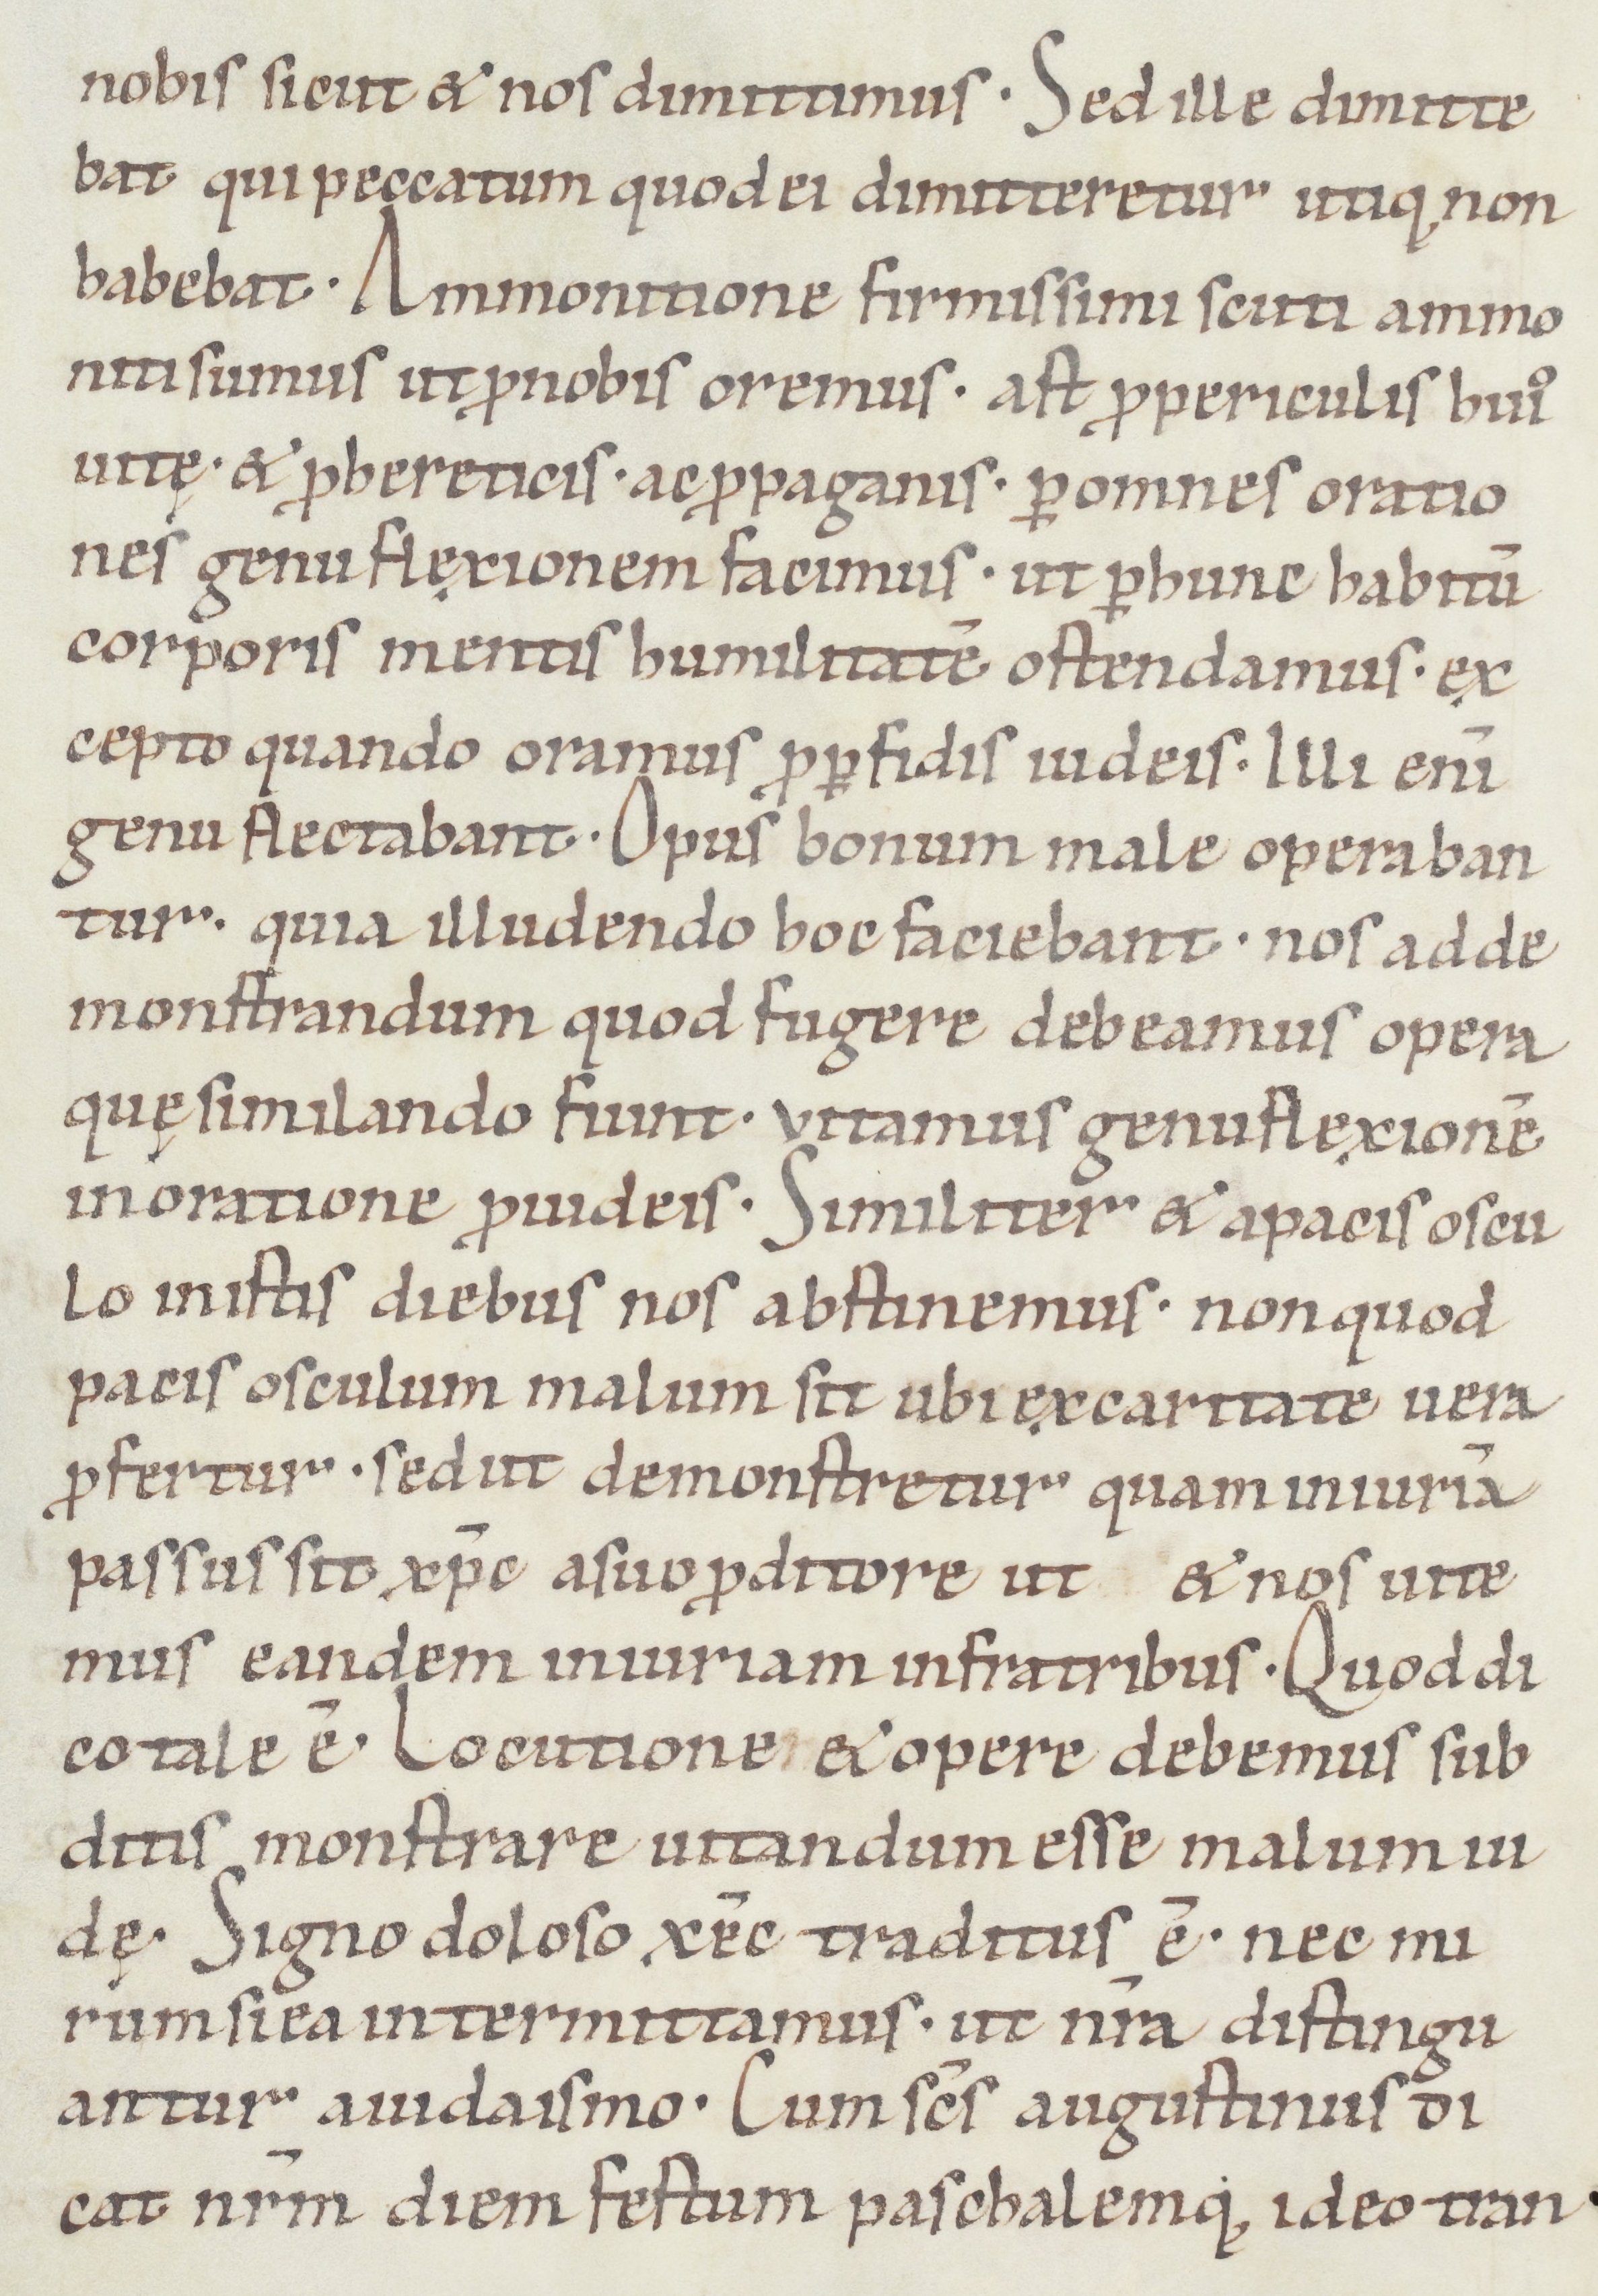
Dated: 1050–1099